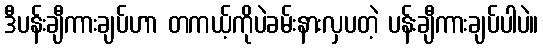
ဒီပန်းချီကားချပ်ဟာ တကယ့်ကိုပဲခမ်းနားလှပတဲ့ ပန်းချီကားချပ်ပါပဲ။